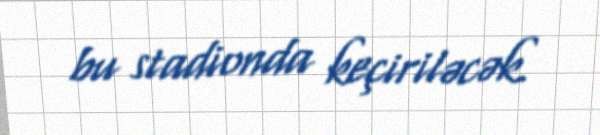
bu stadionda keçiriləcək.